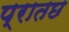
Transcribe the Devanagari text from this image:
प्रातछ